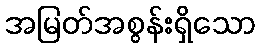
အမြတ်အစွန်းရှိသော